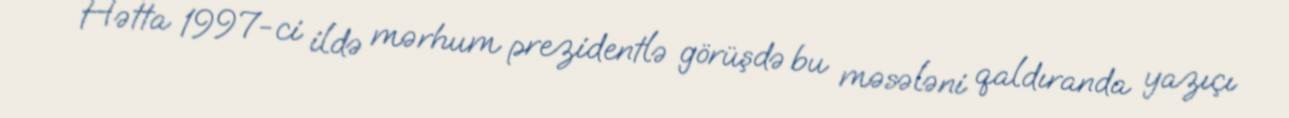
Hətta 1997-ci ildə mərhum prezidentlə görüşdə bu məsələni qaldıranda yazıçı